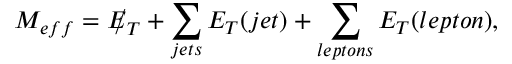
M _ { e f f } = E \llap / _ { T } + \sum _ { j e t s } E _ { T } ( j e t ) + \sum _ { l e p t o n s } E _ { T } ( l e p t o n ) ,